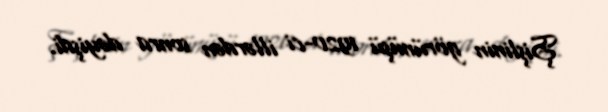
Şişlinin görünüşü 1920-ci illərdən sonra dəyişdi.